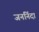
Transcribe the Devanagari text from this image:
जननिंदा